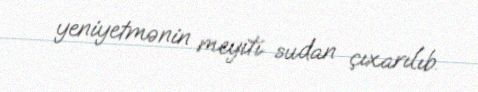
yeniyetmənin meyiti sudan çıxarılıb.